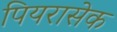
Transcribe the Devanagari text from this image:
पियरासेक